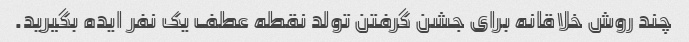
چند روش خلاقانه برای جشن گرفتن تولد نقطه عطف یک نفر ایده بگیرید.